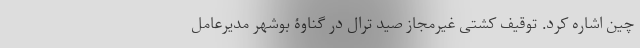
چین اشاره کرد. توقیف کشتی غیرمجاز صید ترال در گناوۀ بوشهر مدیرعامل